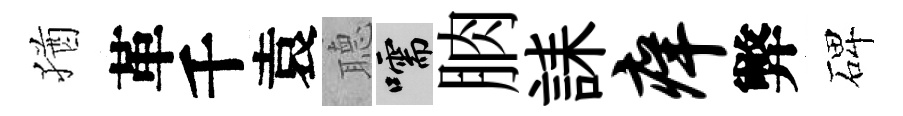
猶革千袁𦗟嚅朒誄痒弊碑